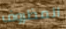
المظروف